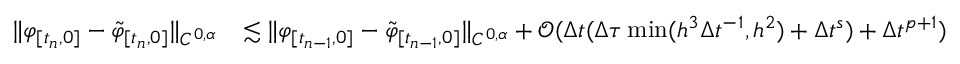
\begin{array} { r l } { \lVert \varphi _ { [ t _ { n } , 0 ] } - \tilde { \varphi } _ { [ t _ { n } , 0 ] } \rVert _ { C ^ { 0 , \alpha } } } & { \lesssim \lVert \varphi _ { [ t _ { n - 1 } , 0 ] } - \tilde { \varphi } _ { [ t _ { n - 1 } , 0 ] } \rVert _ { C ^ { 0 , \alpha } } + \mathcal { O } ( \Delta t ( \Delta \tau \operatorname* { m i n } ( h ^ { 3 } \Delta t ^ { - 1 } , h ^ { 2 } ) + \Delta t ^ { s } ) + \Delta t ^ { p + 1 } ) } \end{array}